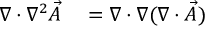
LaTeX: \begin{array} { r l } { \nabla \cdot \nabla ^ { 2 } { \vec { A } } } & { { } = \nabla \cdot \nabla ( \nabla \cdot { \vec { A } } ) } \end{array}